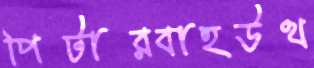
পিটারবাহউথ